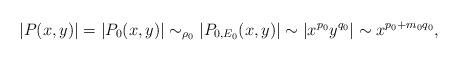
LaTeX: \begin{align*}|P(x,y)|= |P_0(x,y)| \sim_{\rho_0} |P_{0,E_0}(x,y)|\sim |x^{p_0}y^{q_0}|\sim x^{p_0+m_0{q_0}}, \end{align*}